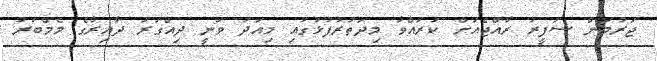
ޖަރުމަން ސަފީރު ރާއްޖެއަށް ކުރައްވާ މިދަތުރުފުޅުގައި މިއަދު ވަނީ ދިއްގަރު ދާއިރާގެ މެމްބަރު